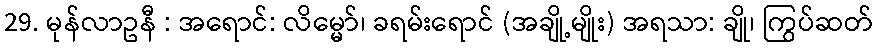
29. မုန်လာဥနီ : အရောင်: လိမ္မော်၊ ခရမ်းရောင် (အချို့မျိုး) အရသာ: ချို၊ ကြွပ်ဆတ်